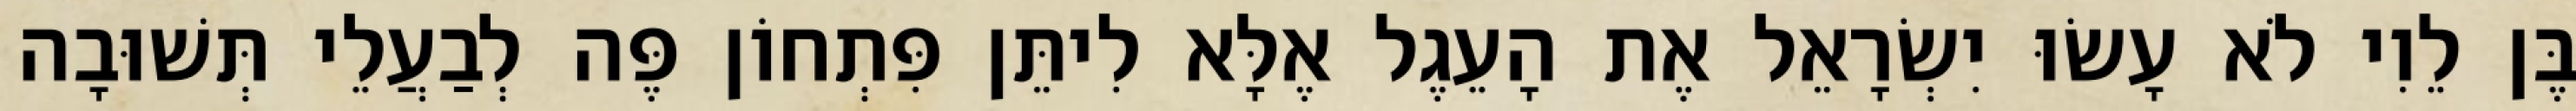
בֶּן לֵוִי לֹא עָשׂוּ יִשְׂרָאֵל אֶת הָעֵגֶל אֶלָּא לִיתֵּן פִּתְחוֹן פֶּה לְבַעֲלֵי תְּשׁוּבָה